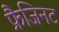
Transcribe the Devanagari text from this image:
फ्रैजिनट